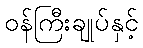
ဝန်ကြီးချုပ်နှင့်